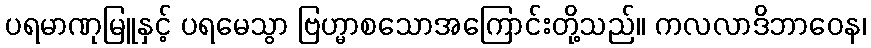
ပရမာဏုမြူနှင့် ပရမေသွာ ဗြဟ္မာစသောအကြောင်းတို့သည်။ ကလလာဒိဘာဝေန၊